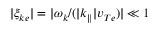
| \xi _ { k e } | = | \omega _ { k } / ( | k _ { \parallel } | v _ { T e } ) | \ll 1